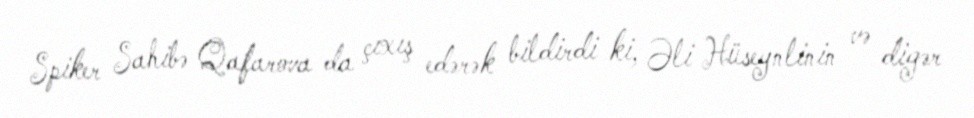
Spiker Sahibə Qafarova da çıxış edərək bildirdi ki, Əli Hüseynlinin və digər